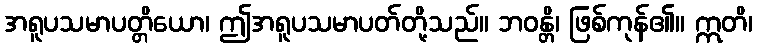
အရူပသမာပတ္တိယော၊ ဤအရူပသမာပတ်တို့သည်။ ဘဝန္တိ၊ ဖြစ်ကုန်၏။ ဣတိ၊